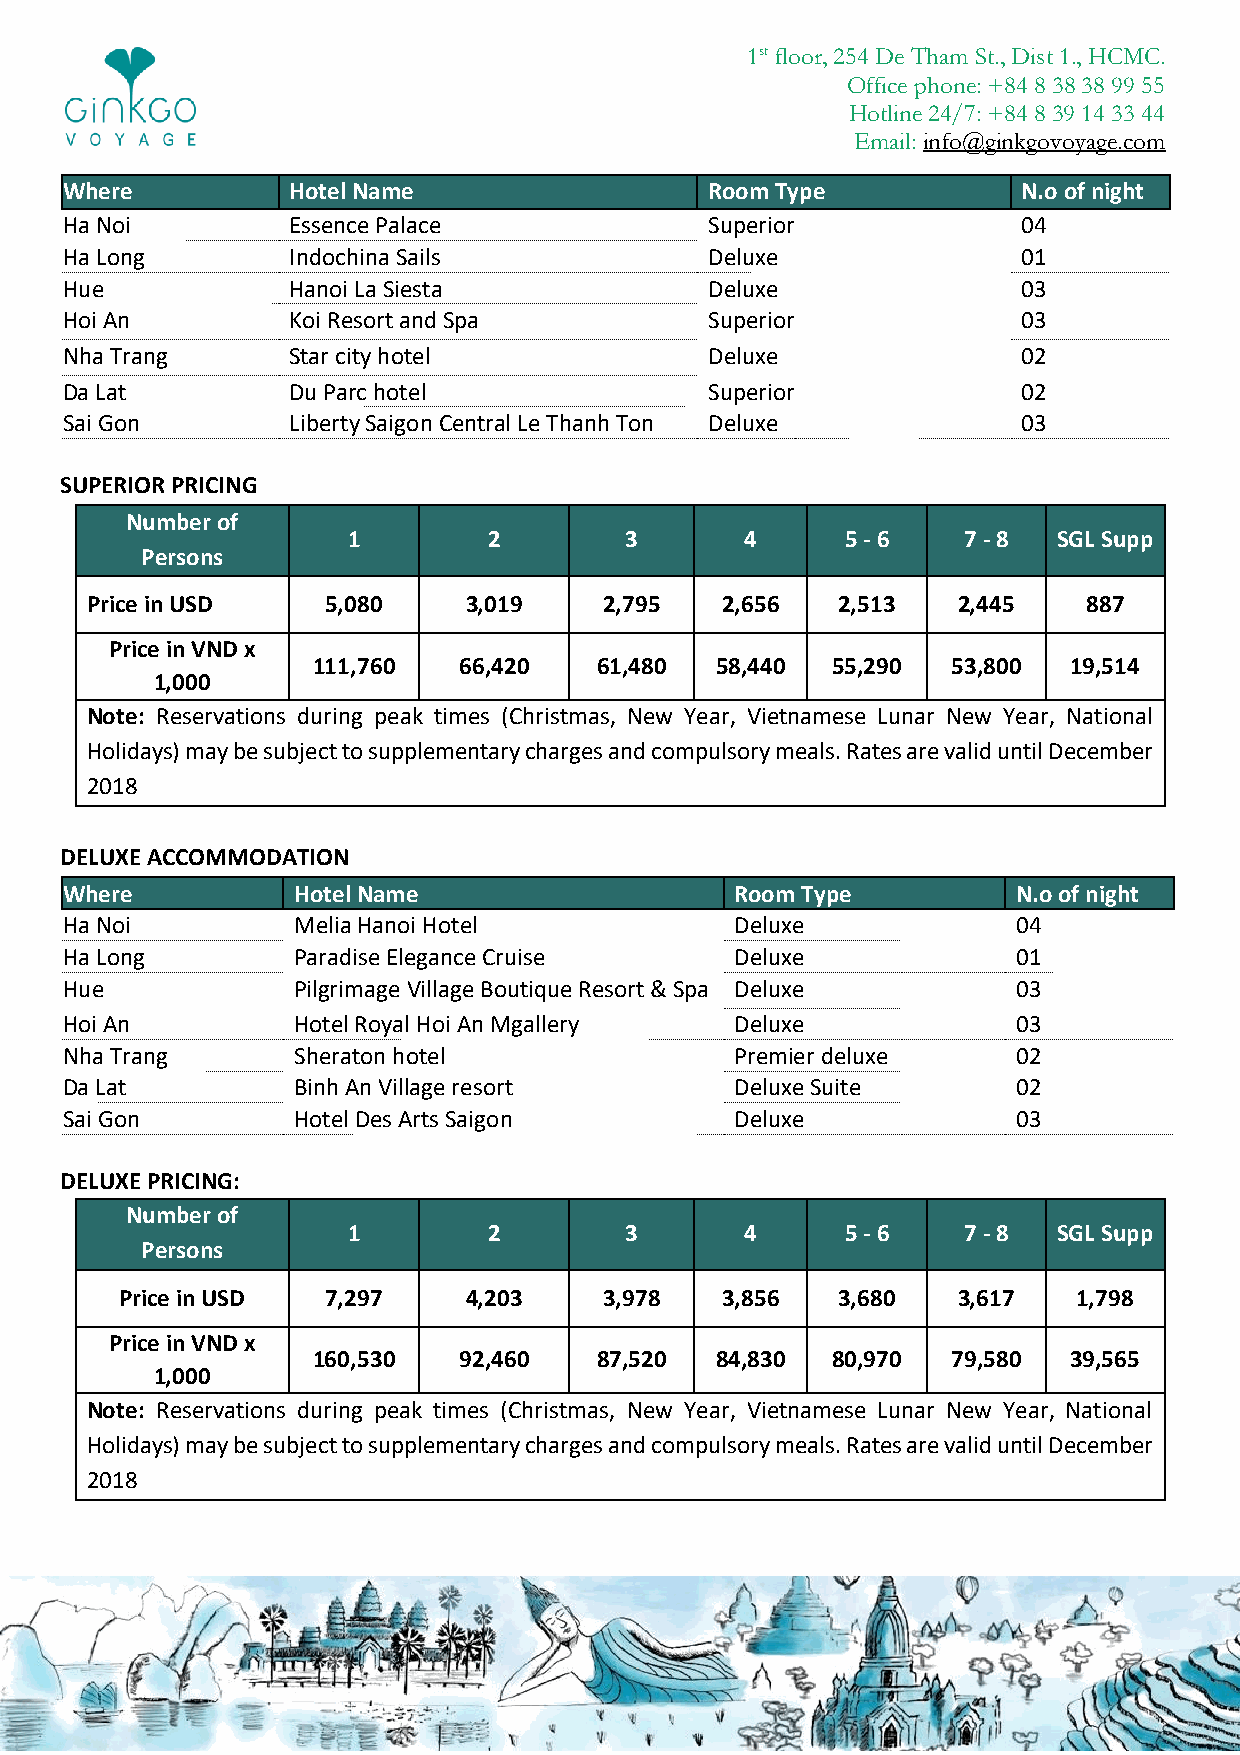
1st floor, 254 De Tham St., Dist 1., HCMC.
 Office phone: +84 8 38 38 99 55
 Hotline 24/7: +84 8 39 14 33 44
 Email: info@ginkgovoyage.com
 Where          Hotel Name                  Room Type            N.o of night
 Ha Noi         Essence Palace              Superior             04
 Ha Long        Indochina Sails             Deluxe               01
 Hue            Hanoi La Siesta             Deluxe               03
 Hoi An         Koi Resort and Spa          Superior             03
 Nha Trang      Star city hotel             Deluxe               02
 Da Lat         Du Parc hotel               Superior             02
 Sai Gon        Liberty Saigon Central Le Thanh Ton Deluxe       03
 SUPERIOR PRICING
 Number of
 1        2        3       4      5 - 6   7 - 8 SGL Supp
 Persons
 Price in USD    5,080    3,019    2,795   2,656  2,513   2,445    887
 Price in VND x
 111,760  66,420   61,480  58,440  55,290  53,800  19,514
 1,000
 Note: Reservations during peak times (Christmas, New Year, Vietnamese Lunar New Year, National
 Holidays) may be subject to supplementary charges and compulsory meals. Rates are valid until December
 2018
 DELUXE ACCOMMODATION
 Where          Hotel Name                    Room Type         N.o of night
 Ha Noi         Melia Hanoi Hotel             Deluxe            04
 Ha Long        Paradise Elegance Cruise      Deluxe            01
 Hue            Pilgrimage Village Boutique Resort & Spa Deluxe 03
 Hoi An         Hotel Royal Hoi An Mgallery   Deluxe            03
 Nha Trang      Sheraton hotel                Premier deluxe    02
 Da Lat         Binh An Village resort        Deluxe Suite      02
 Sai Gon        Hotel Des Arts Saigon         Deluxe            03
 DELUXE PRICING:
 Number of
 1        2        3       4      5 - 6   7 - 8 SGL Supp
 Persons
 Price in USD  7,297    4,203    3,978   3,856  3,680   3,617   1,798
 Price in VND x
 160,530  92,460   87,520  84,830  80,970  79,580  39,565
 1,000
 Note: Reservations during peak times (Christmas, New Year, Vietnamese Lunar New Year, National
 Holidays) may be subject to supplementary charges and compulsory meals. Rates are valid until December
 2018